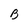
Character: B